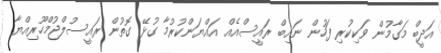
އަދީބް މަގާމުން ވަކިކުރި ފަހުން ނައިބް ރައީސްއެއް އައްޔަންކުރުމާ ގުޅޭ ގޮތުން ރައީސުލްޖުމްހޫރިއްޔާ